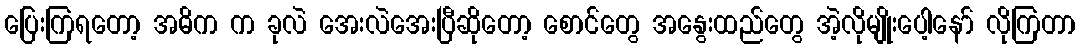
ပြေးကြရတော့ အဓိက က ခုလဲ အေးလဲအေးပြီဆိုတော့ စောင်တွေ အနွေးထည်တွေ အဲ့လိုမျိုးပေါ့နော် လိုကြတာ